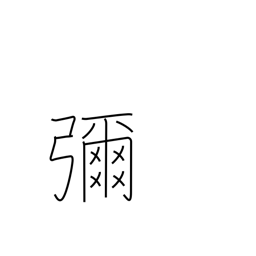
Meaning: extensive